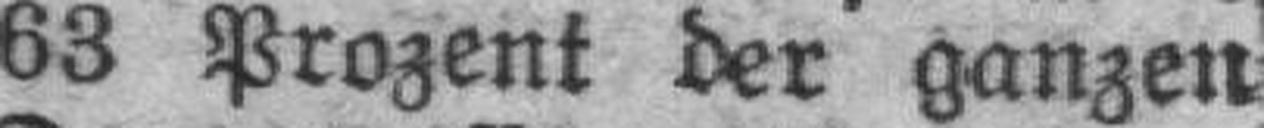
63 Prozent der ganzen